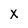
Character: x